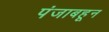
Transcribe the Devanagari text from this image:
पंजाबहून